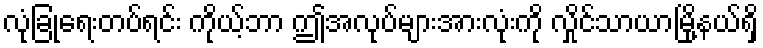
လုံခြုံရေးတပ်ရင်း ကိုယ့်ဘာ ဤအလုပ်များအားလုံးကို လှိုင်သာယာမြို့နယ်ရှိ